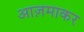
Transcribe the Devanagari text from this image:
आज़माकर